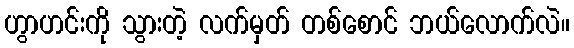
ဟွာဟင်းကို သွားတဲ့ လက်မှတ် တစ်စောင် ဘယ်လောက်လဲ။